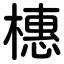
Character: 橞